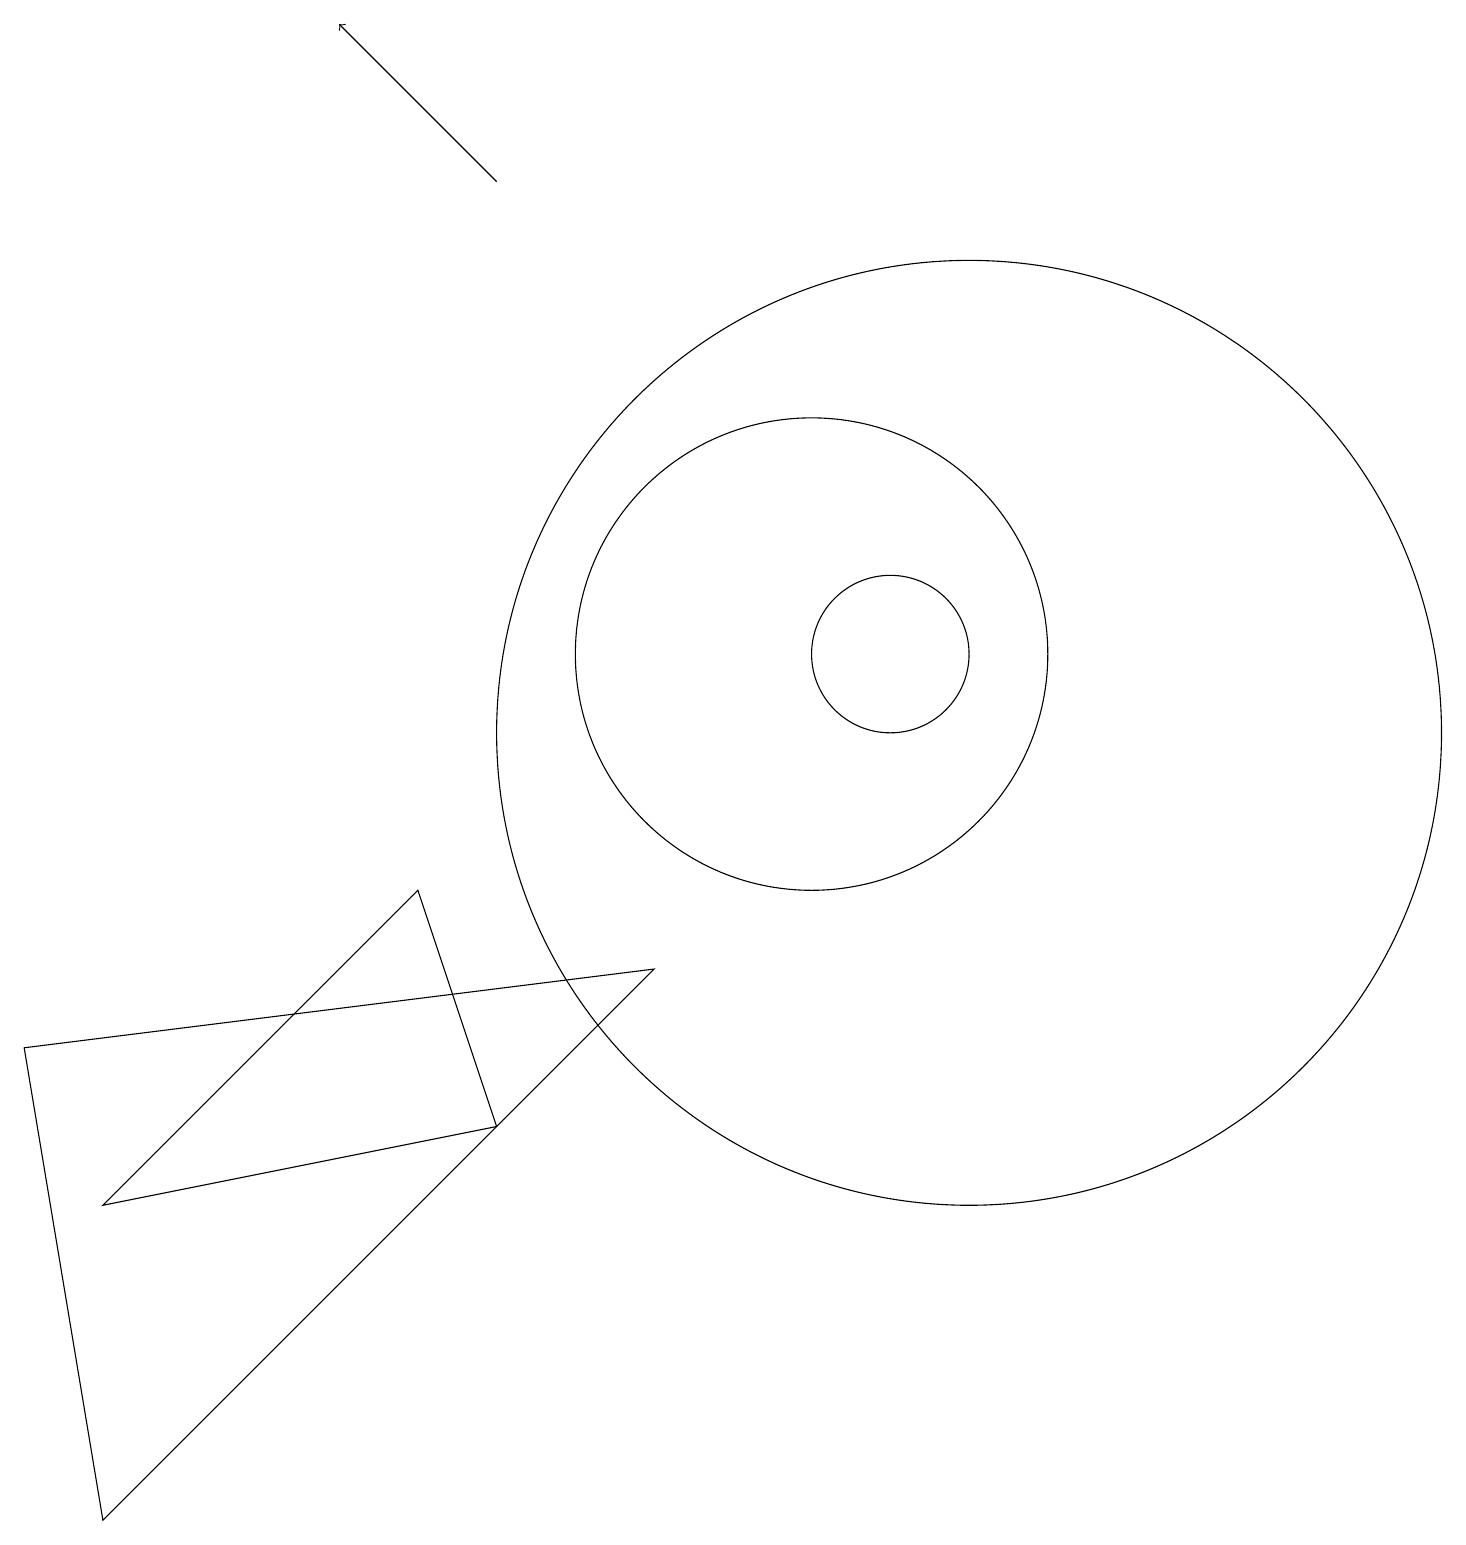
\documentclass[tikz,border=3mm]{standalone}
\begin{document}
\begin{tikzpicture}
\draw (8,7) -- (1,0) -- (0,6) -- cycle;
\draw (11,11) circle (0);
\draw (1,4) -- (6,5) -- (5,8) -- cycle;
\draw (10,10) circle (0);
\draw (11,11) circle (1);
\draw (12,10) circle (6);
\draw[->] (6,17) -- (4,19);
\draw (10,11) circle (3);
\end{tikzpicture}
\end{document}